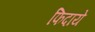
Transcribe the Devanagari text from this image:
फिदाये